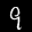
Label: 9